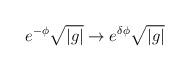
LaTeX: \begin{align*}e^{-\phi}\sqrt {|g|} \rightarrow e^{\delta\phi}\sqrt {|g|}\end{align*}